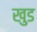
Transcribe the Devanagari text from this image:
खुड